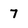
Character: 7